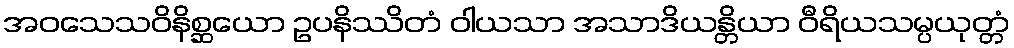
အဝသေသဝိနိစ္ဆယော ဥပနိဿိတံ ဝါယသာ အသာဒိယန္တိယာ ဝီရိယသမ္ပယုတ္တံ